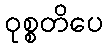
ဝုစ္စတိပေ